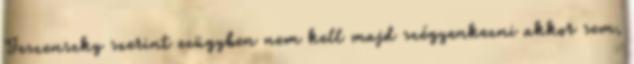
Jeszenszky szerint ezügyben nem kell majd szégyenkezni akkor sem,